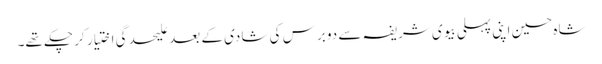
شاہ حسین اپنی پہلی بیوی شریفہ سے دو برس کی شادی کے بعد علیحدگی اختیار کر چکے تھے۔